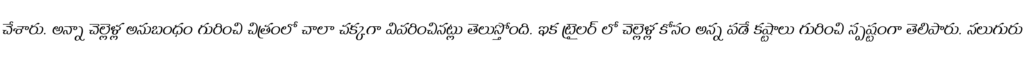
చేశారు. అన్నా చెల్లెళ్ల అనుబంధం గురించి చిత్రంలో చాలా చక్కగా వివరించినట్లు తెలుస్తోంది. ఇక ట్రైలర్ లో చెల్లెళ్ల కోసం అన్న పడే కష్టాలు గురించి స్పష్టంగా తెలిపారు. నలుగురు